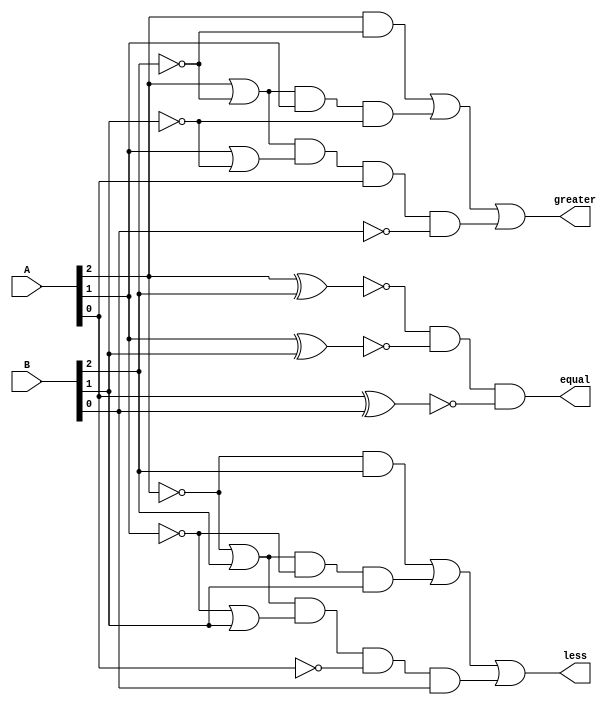
`timescale 1ns / 1ps
//////////////////////////////////////////////////////////////////////////////////
// Company: 
// Engineer: 
// 
// Design Name: 
// Module Name: Three_bit_Comparator
// Project Name: 
// Target Devices: 
// Tool Versions: 
// Description: 
// 
// Dependencies: 
// 
// Revision:
// Revision 0.01 - File Created
// Additional Comments:
// 
//////////////////////////////////////////////////////////////////////////////////


module Three_bit_Comparator(output equal,greater,less , input [2:0] A,B);
wire t1,t2,t3,t4,t5,t6,t7,t8,t9,t10,t11,t12,t13;
//A=B
assign t1 =~(A[2]^B[2]);
assign t2 =~(A[1]^B[1]);
assign t3 =~(A[0]^B[0]);
assign equal = t1 & t2 & t3;

//A>B
assign t4=A[2] & (~B[2]);
assign t5=A[2] | (~B[2]);
assign t6= t5 & A[1] & (~B[1]);
assign t7=A[1] | (~B[1]);
assign t8=t5 & t7 & A[0] & (~B[0]);
assign greater=t4|t6|t8;

//A<B
assign t9=(~A[2]) & B[2];
assign t10=(~A[2]) | B[2];
assign t11= t10 &(~A[1]) & B[1];
assign t12=(~A[1]) | B[1];
assign t13=t10 & t12 & (~A[0]) & B[0];
assign less=t9|t11|t13;
endmodule